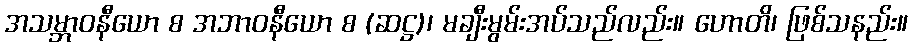
အသမ္ဘာဝနီယော စ အဘာဝနီယော စ (ဆဋ္ဌ)၊ မချီးမွမ်းအပ်သည်လည်း။ ဟောတိ၊ ဖြစ်သနည်း။